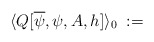
\begin{align*}\langle Q[\overline{\psi},\psi,A,h] \rangle_0 \; :=\end{align*}